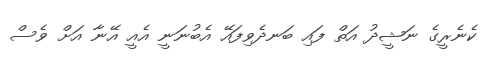
ކެނެރީގެ ނަޝީދު އަތް ފައި ބަނދެވިފައޭ އެބުނަނީ އެއީ އޭނާ އަށް ވެސް